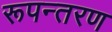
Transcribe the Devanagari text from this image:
रूपन्तरण